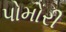
પોમોરી